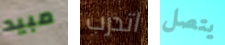
مبيد اتدرب يتصل